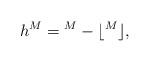
LaTeX: \begin{align*}h_{}^M= {}^M - \lfloor {}^M \rfloor,\end{align*}